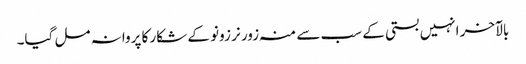
بالآخر انہیں بستی کے سب سے منہ زور نر زونو کے شکار کا پروانہ مل گیا۔